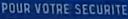
POUR VOTRE-SÉCURIT